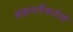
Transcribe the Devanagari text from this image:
ब्रह्मवर्तैकदेशे